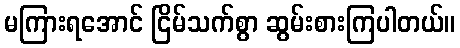
မကြားရအောင် ငြိမ်သက်စွာ ဆွမ်းစားကြပါတယ်။